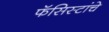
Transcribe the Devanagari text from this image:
फॅसिस्टांचे